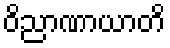
ဝိညာဏာယာတိ